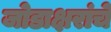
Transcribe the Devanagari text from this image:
जोडाक्षरांचे